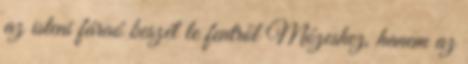
az isteni fáraó beszél le fentről Mózeshez, hanem az